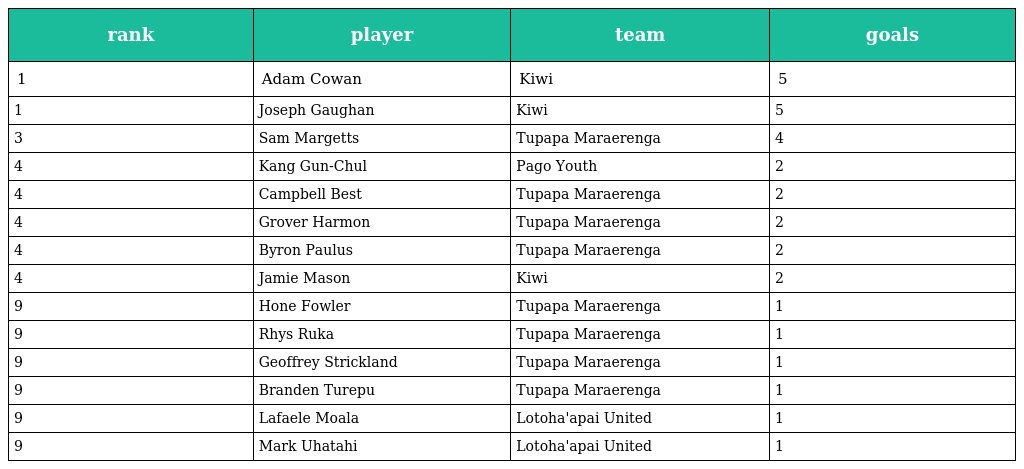
| rank | player | team | goals |
 | --- | --- | --- | --- |
 | 1 | Adam Cowan | Kiwi | 5 |
 | 1 | Joseph Gaughan | Kiwi | 5 |
 | 3 | Sam Margetts | Tupapa Maraerenga | 4 |
 | 4 | Kang Gun-Chul | Pago Youth | 2 |
 | 4 | Campbell Best | Tupapa Maraerenga | 2 |
 | 4 | Grover Harmon | Tupapa Maraerenga | 2 |
 | 4 | Byron Paulus | Tupapa Maraerenga | 2 |
 | 4 | Jamie Mason | Kiwi | 2 |
 | 9 | Hone Fowler | Tupapa Maraerenga | 1 |
 | 9 | Rhys Ruka | Tupapa Maraerenga | 1 |
 | 9 | Geoffrey Strickland | Tupapa Maraerenga | 1 |
 | 9 | Branden Turepu | Tupapa Maraerenga | 1 |
 | 9 | Lafaele Moala | Lotoha'apai United | 1 |
 | 9 | Mark Uhatahi | Lotoha'apai United | 1 |